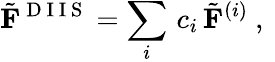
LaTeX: \tilde{\mathbf{F}}^{\mathrm{~D~I~I~S~}}=\sum_{i}\, c_{i}\, \tilde{\mathbf{F}}^{(i)}\mathrm{~,~}